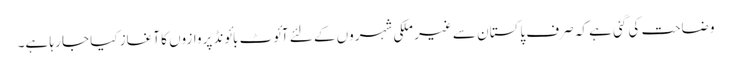
وضاحت کی گئی ہے کہ صرف پاکستان سے غیر ملکی شہروں کے لئے آئوٹ بائونڈ پروازوں کا آغاز کیا جا رہا ہے۔